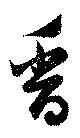
香